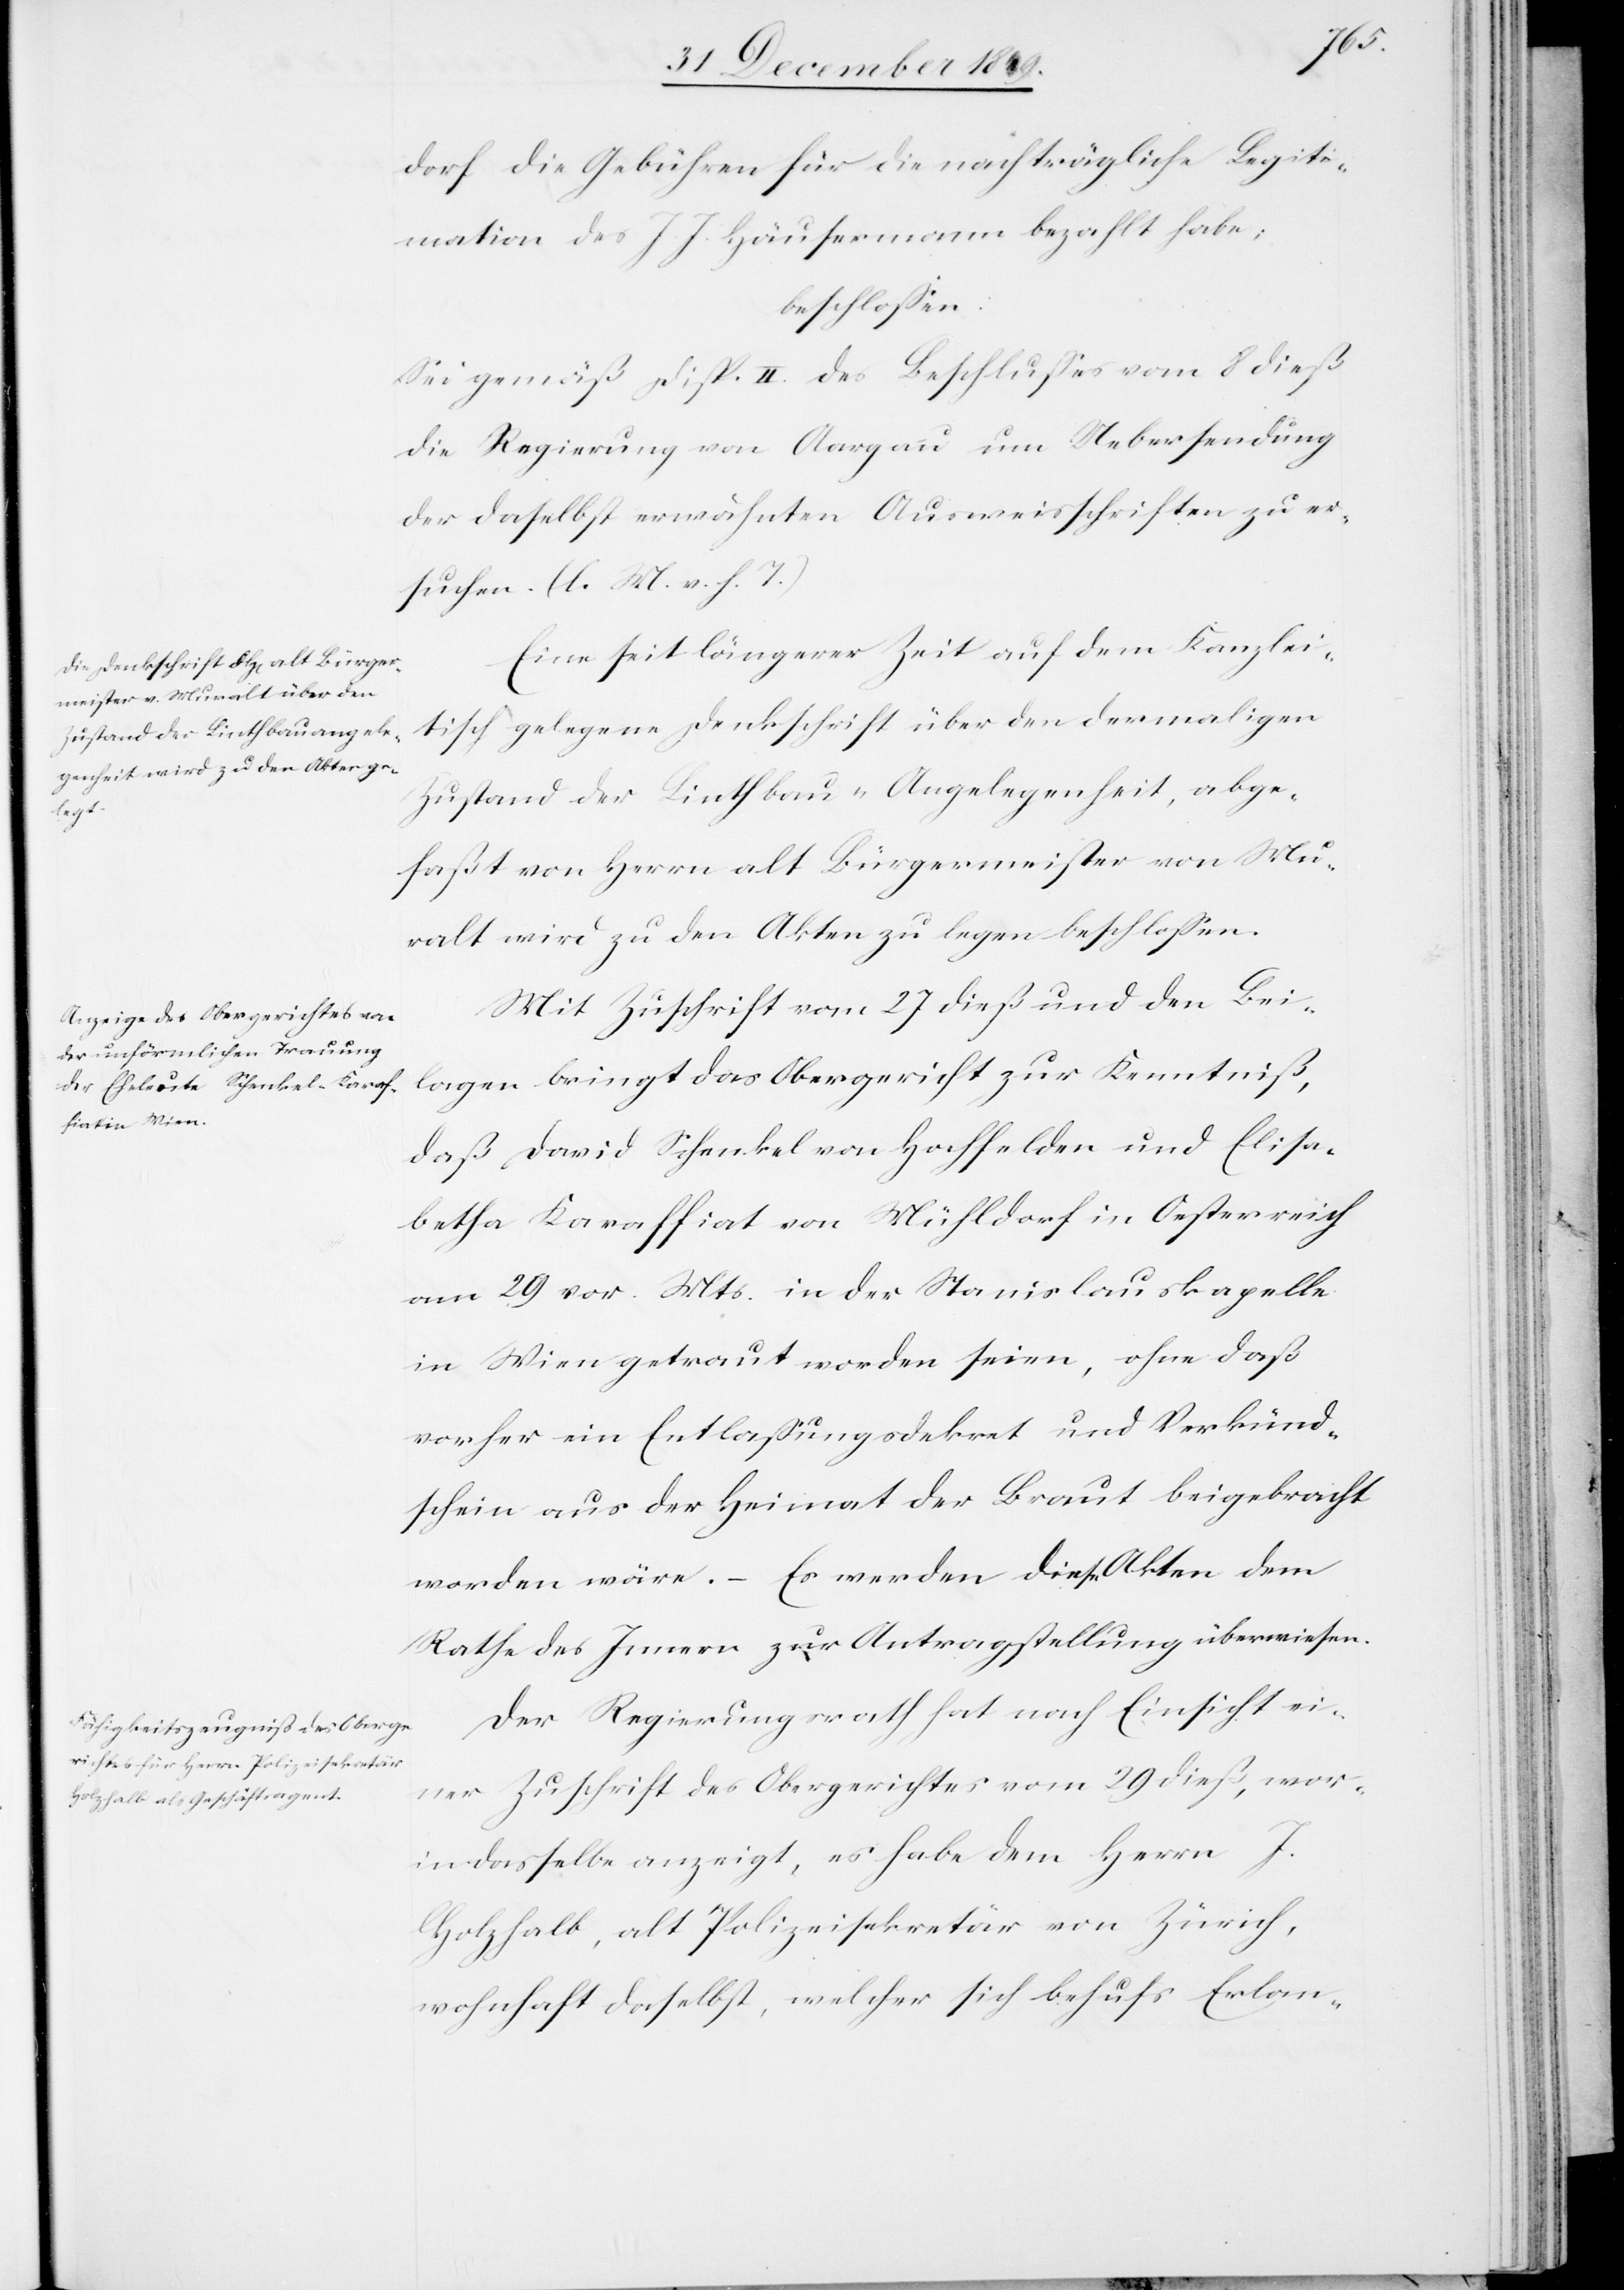
dorf die Gebühren für die nachträgliche Legiti¬
mation des J. J. Häusermann bezahlt habe;
beschloßen:
Sei gemäß Disp. II des Beschlußes vom 8 dieß
die Regierung von Aargau um Uebersendung
der daselbst erwähnten Ausweisschriften zu er¬
suchen. [l. M. v. h. T]
Eine seit längerer Zeit auf dem Kanzlei¬
tisch gelegene Denkschrift über den dermaligen
Zustand der Linthbau-Angelegenheit, abge¬
faßt von Herrn alt Bürgermeister von Mu¬
ralt wird zu den Akten zu legen beschloßen.
Mit Zuschrift vom 27 dieß und den Bei¬
lagen bringt das Obergericht zur Kenntniß
daß David Schenkel von Hochfelden und Elisa¬
betha Karaffiat von Mühldorf in Oesterreich
am 29 v. Mts. in der Stanislaukapelle
in Wien getraut worden seien, ohne daß
vorher ein Entlaßungsdekret und Verkünd¬
schein aus der Heimat der Braut beigebracht
worden wäre. – Es werden diese Akten dem
Rathe des Innern zur Antragstellung überwiesen.
Der Regierungsrath hat nach Einsicht ei¬
ner Zuschrift des Obergerichtes vom 29 dieß, wor¬
in dasselbe anzeigt, es habe dem Herrn
Holzhalb, alt Polizeisekretär von Zürich,
wohnhaft daselbst, welcher sich behufs Erlan-